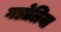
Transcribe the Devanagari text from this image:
गडोलिया